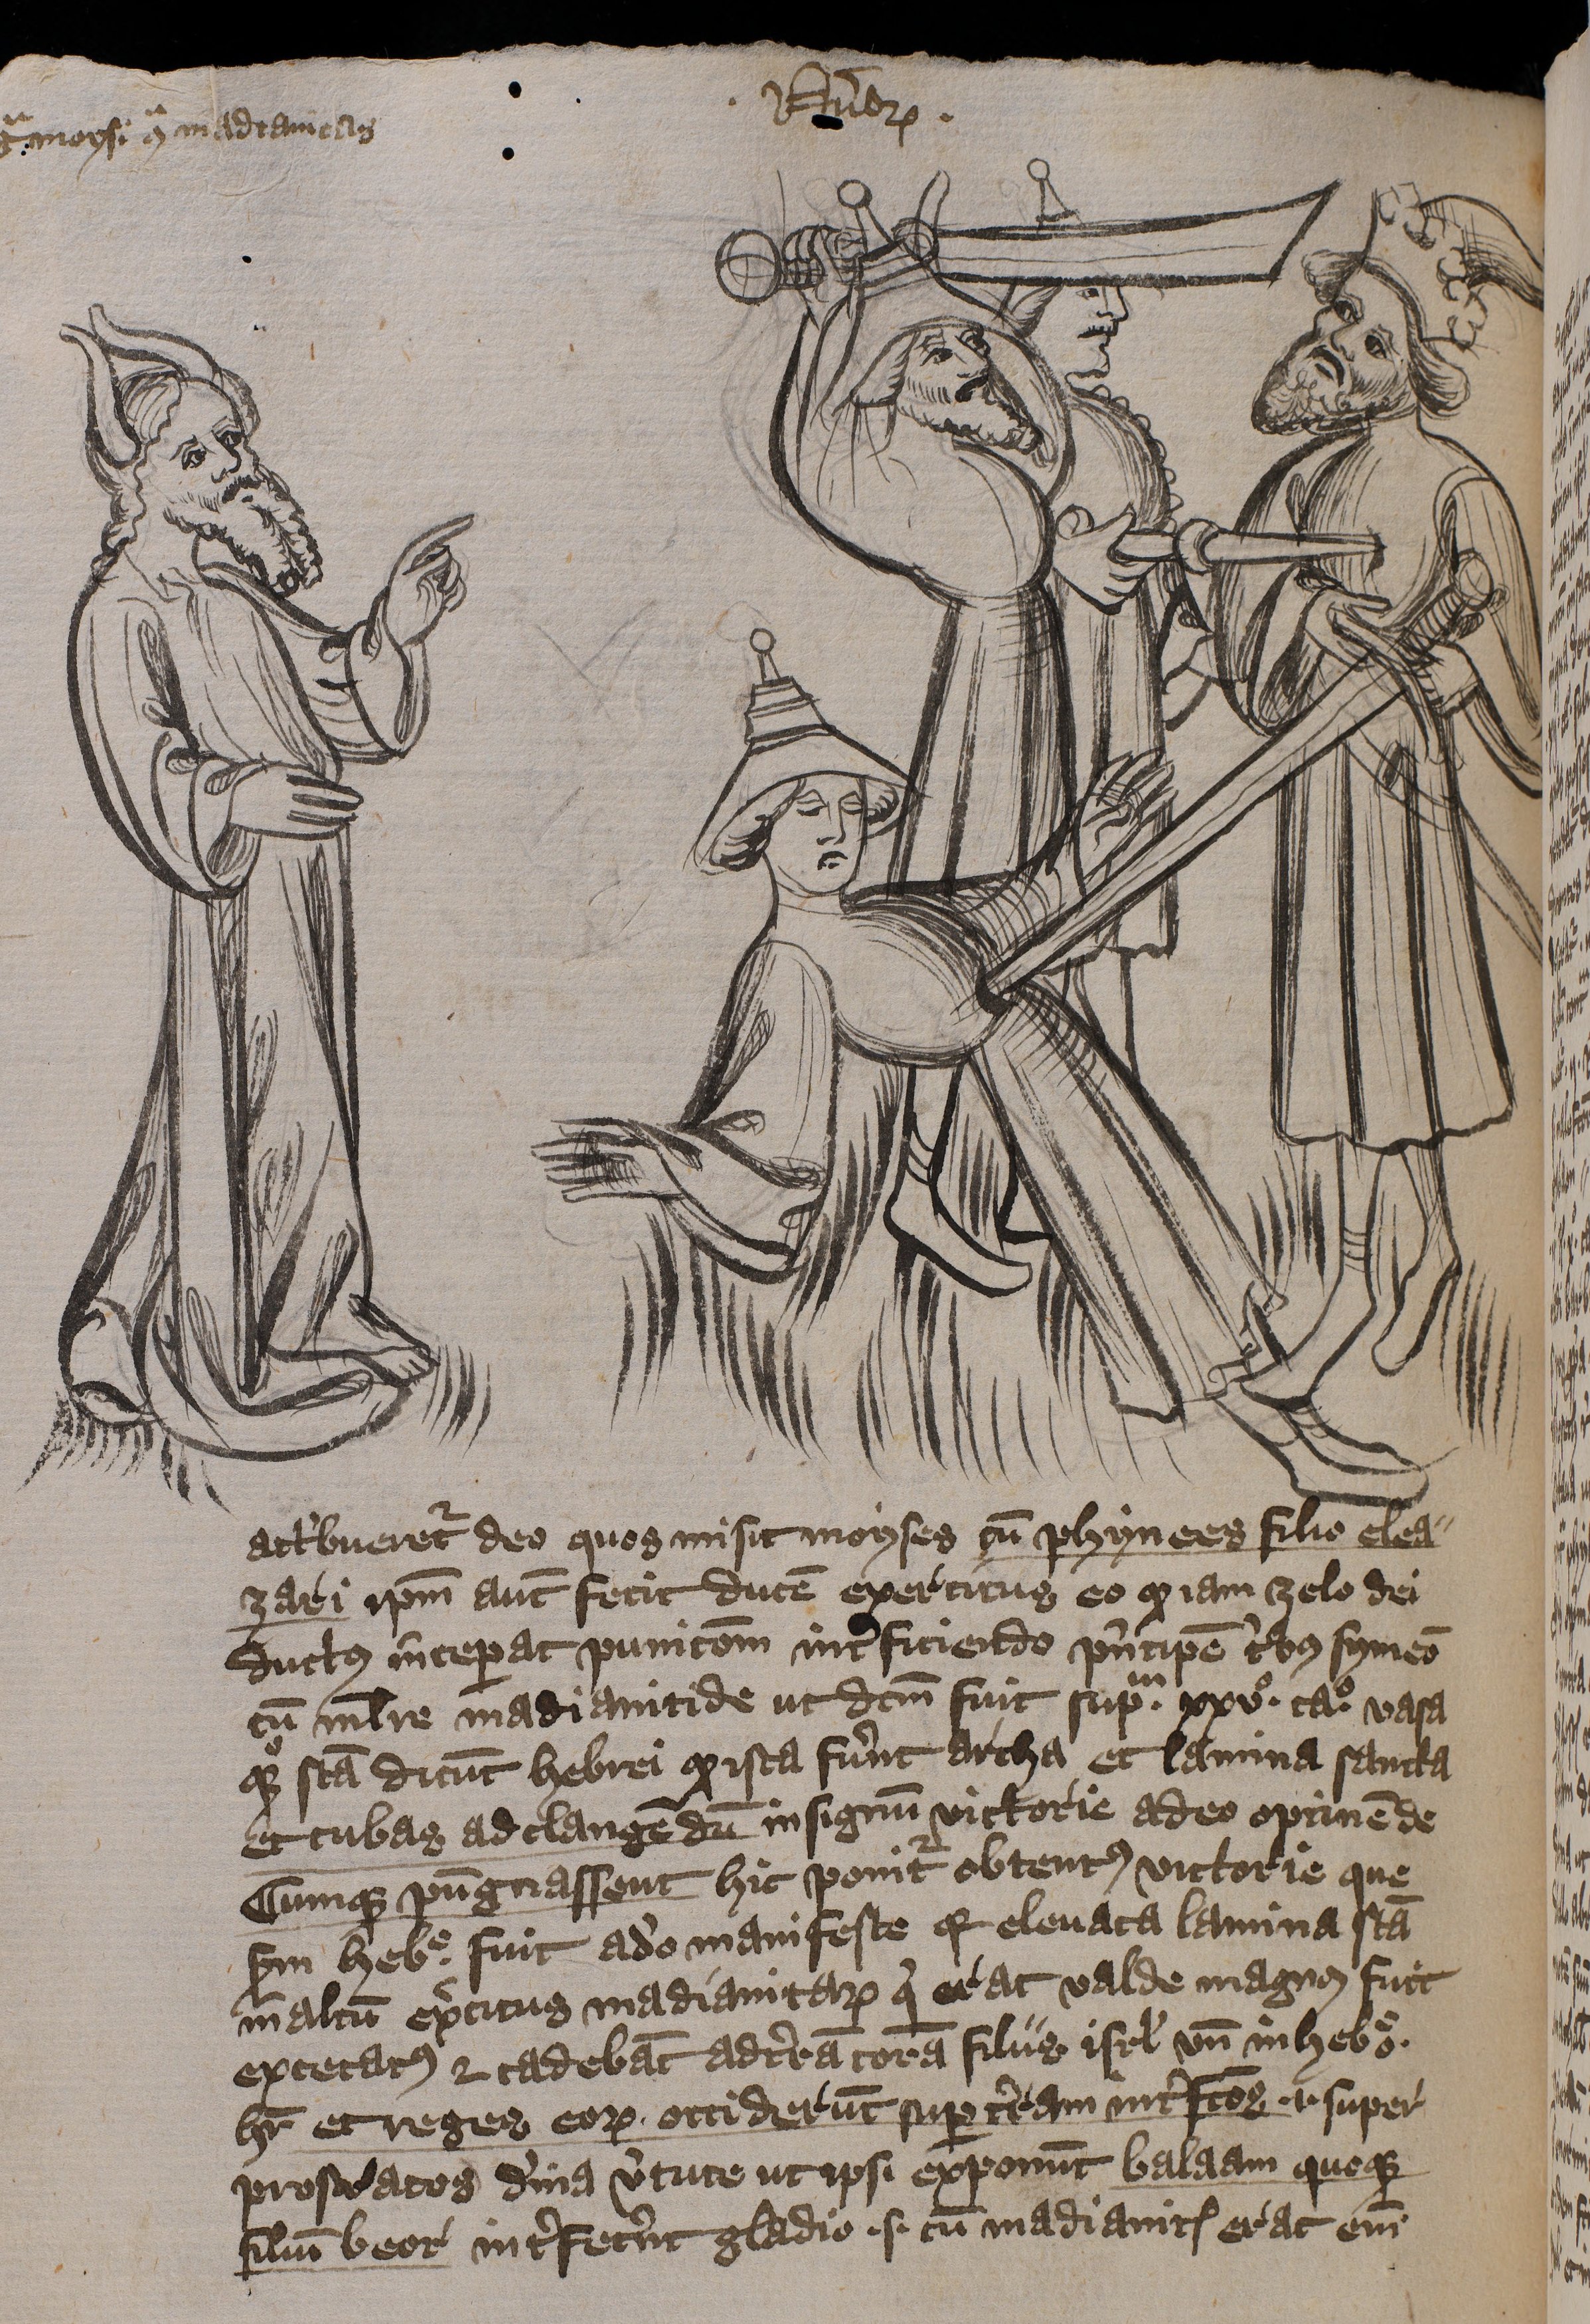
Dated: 1397–1397